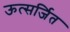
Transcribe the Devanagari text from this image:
ऊत्सर्जित